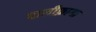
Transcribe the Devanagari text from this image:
पालीफ़ागा